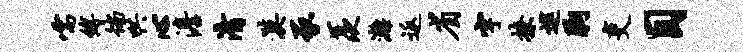
嚅缚徜哄心澹清漠豕羡漓返省字撩逮胸吏目